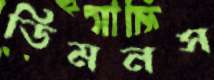
ডিমনস